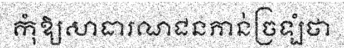
កុំឱ្យសាធារណជនភាន់ច្រឡំថា